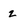
Character: z